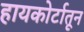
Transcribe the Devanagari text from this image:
हायकोर्टातून